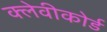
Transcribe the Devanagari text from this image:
क्लेवीकोर्ड